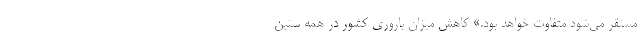
مستقر می‌شود متفاوت خواهد بود.» کاهش میزان باروری کشور در همه سنین